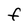
Character: F